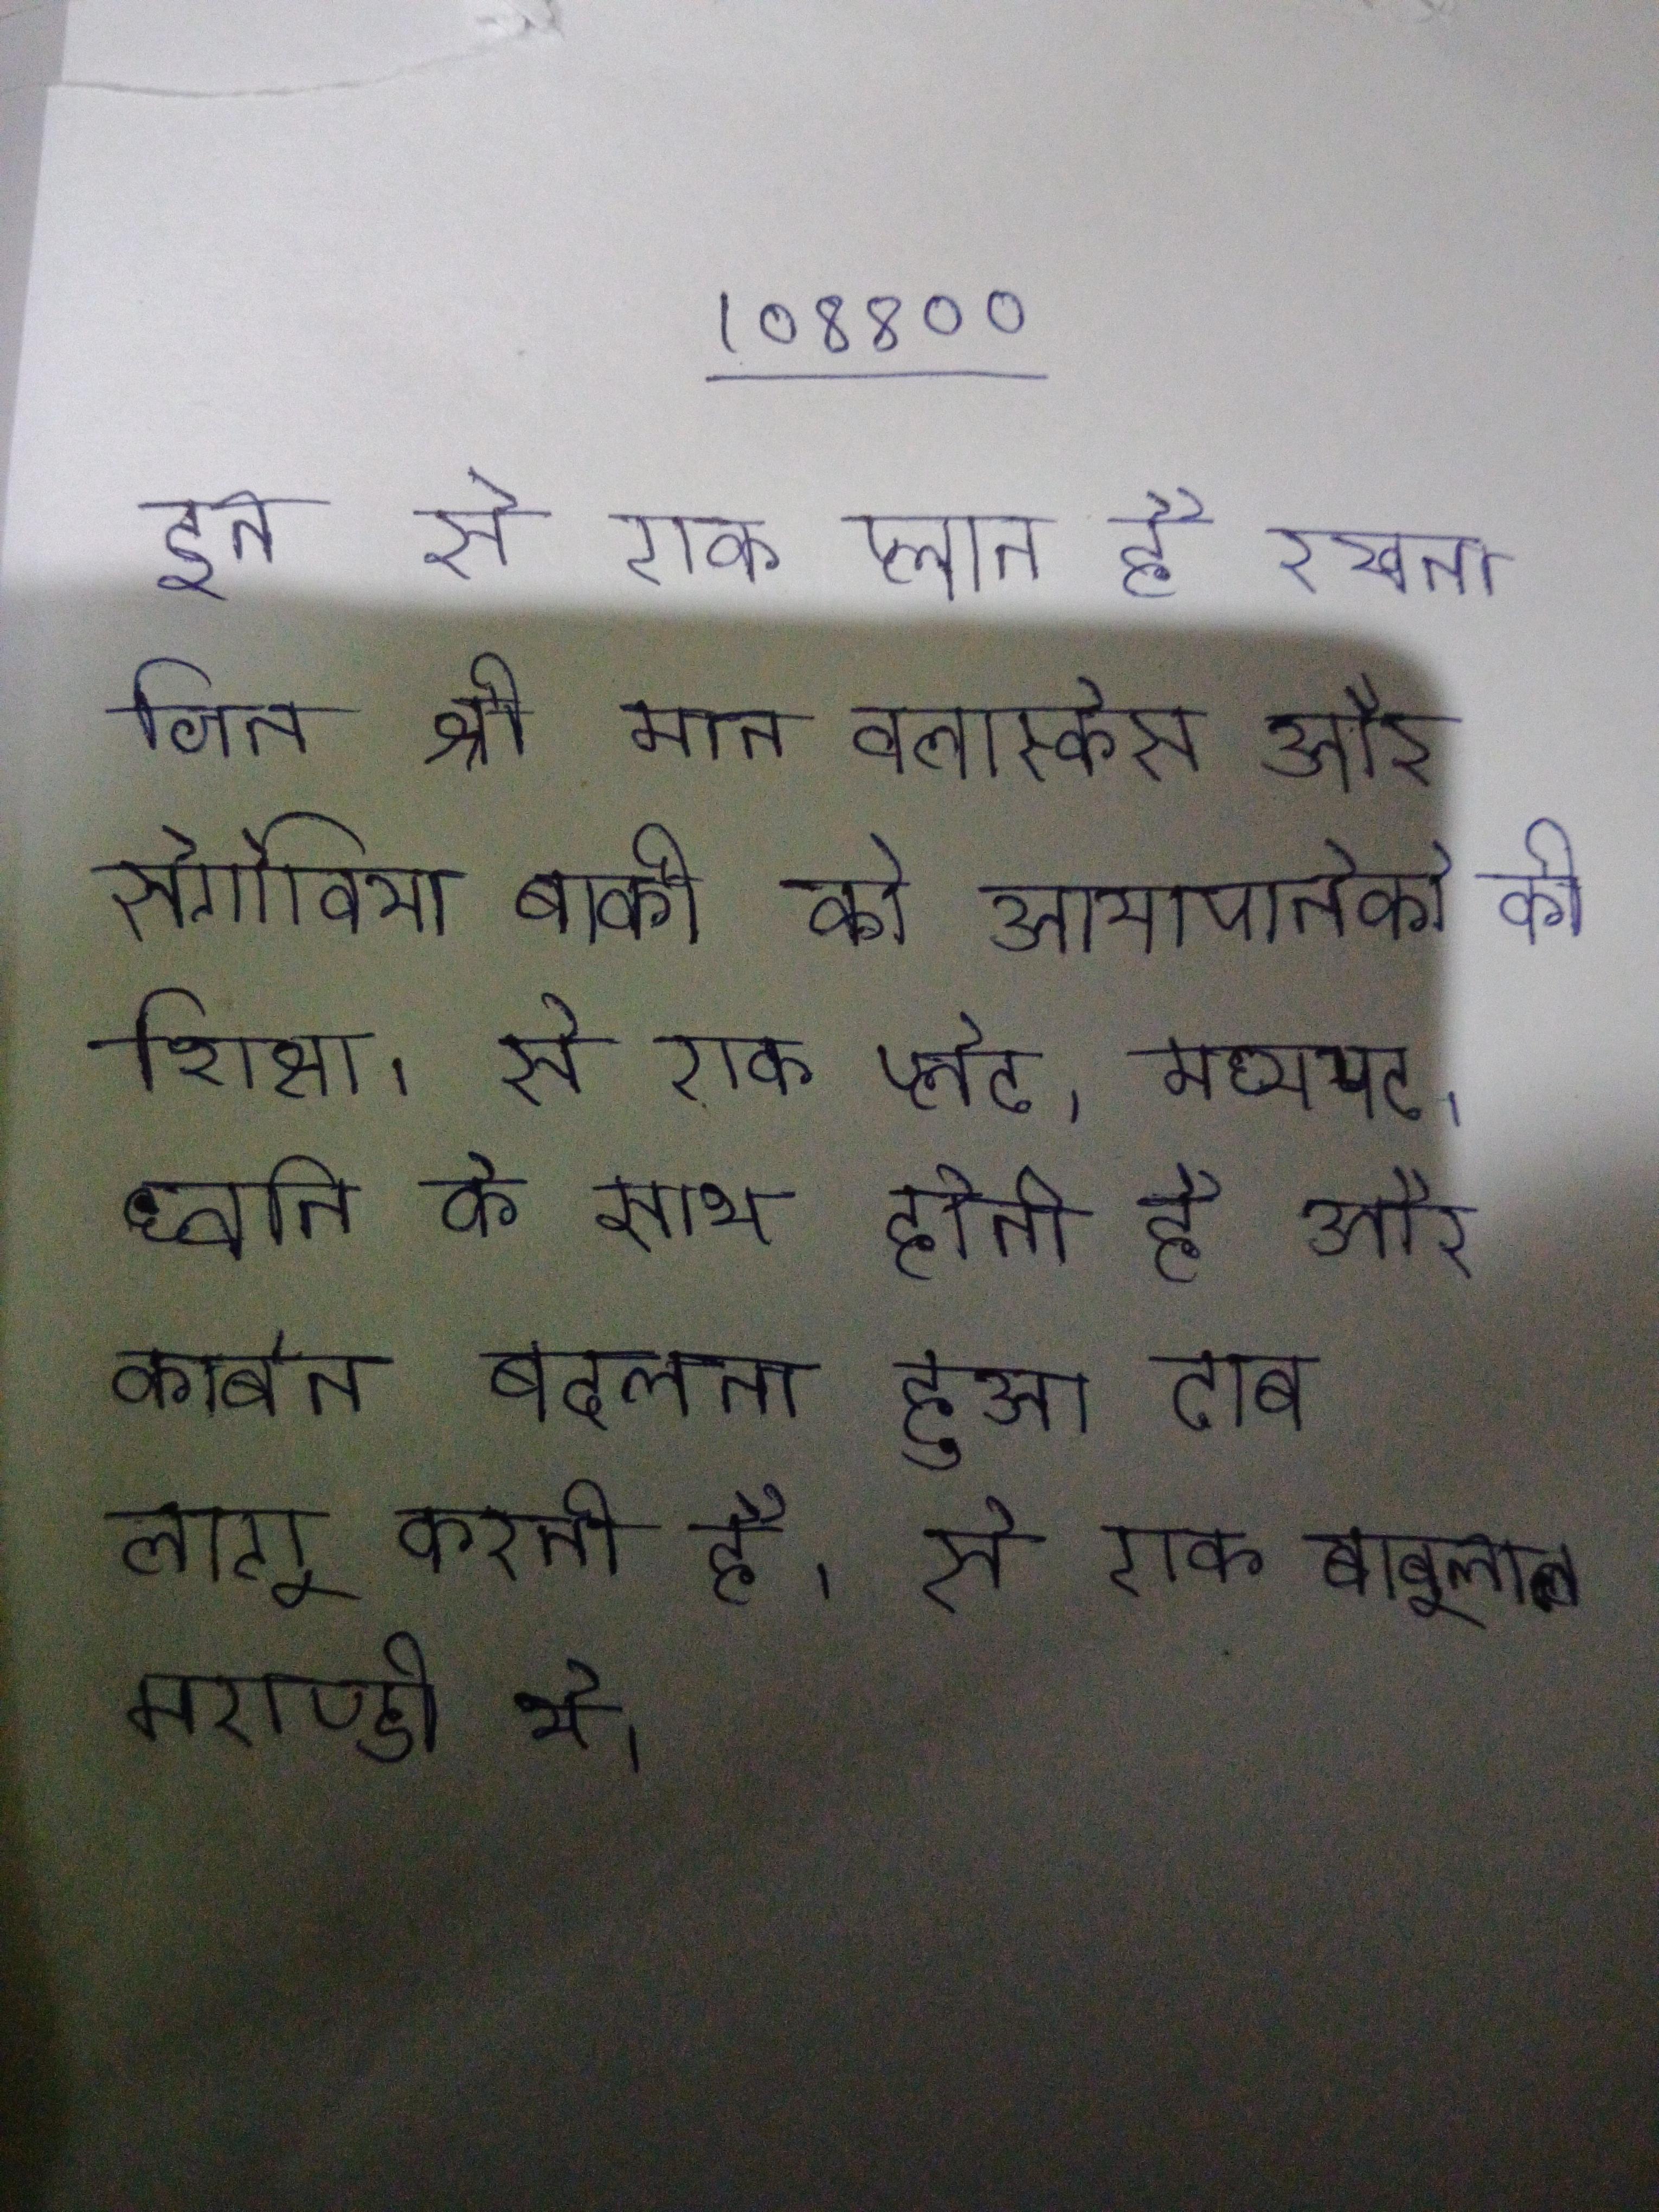
इन से एक प्लान है रखना जिन श्री मान वलास्केस और सेगोविया बाकी को आयापानेको की शिक्षा । से एक प्लेट, मध्यपट, ध्वनि के साथ होती है और कार्बन बदलता हुआ दाब लागू करती है । से एक बाबूलाल मराण्डी थे ।